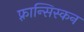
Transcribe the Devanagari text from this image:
फ़्रान्सिस्कन